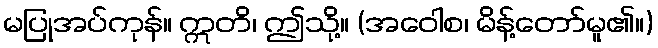
မပြုအပ်ကုန်။ ဣတိ၊ ဤသို့။ (အဝေါစ၊ မိန့်တော်မူ၏။)